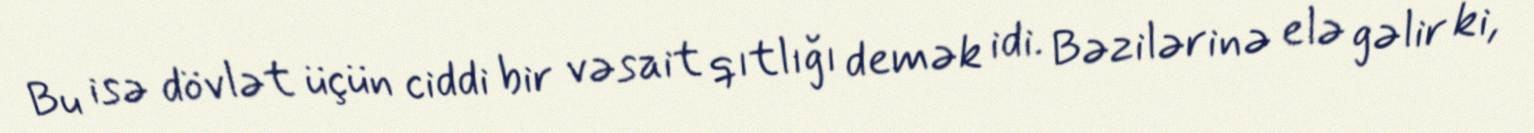
Bu isə dövlət üçün ciddi bir vəsait qıtlığı demək idi. Bəzilərinə elə gəlir ki,